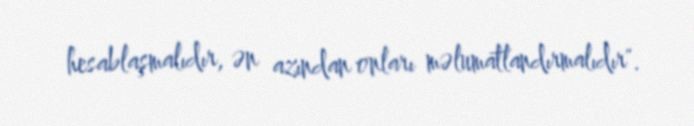
hesablaşmalıdır, ən azından onları məlumatlandırmalıdır".